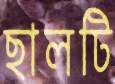
ছালটি